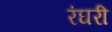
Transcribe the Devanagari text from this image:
रंघरी